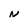
Character: N